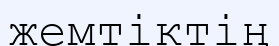
жемтіктің